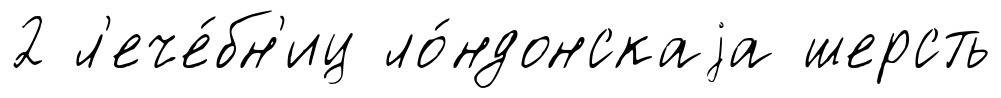
2 л'ече́бн'иц ло́ндонскаjа шерсть